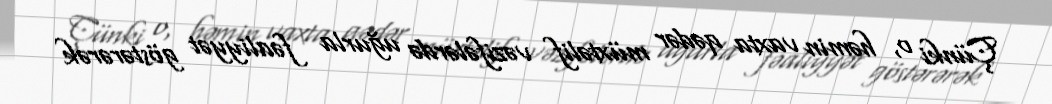
Çünki o, həmin vaxta qədər müxtəlif vəzifələrdə uğurla fəaliyyət göstərərək